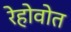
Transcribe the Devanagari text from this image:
रेहोवोत